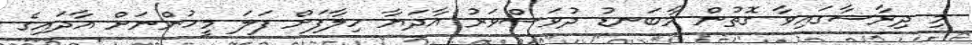
މި ދިރާސާގައިވާ ގޮތުން މާބަނޑު ދުވަސްވަރު އާދަޔާ ހިލާފަށް ފަލަ މީހުންނަށް އާދައިގެ